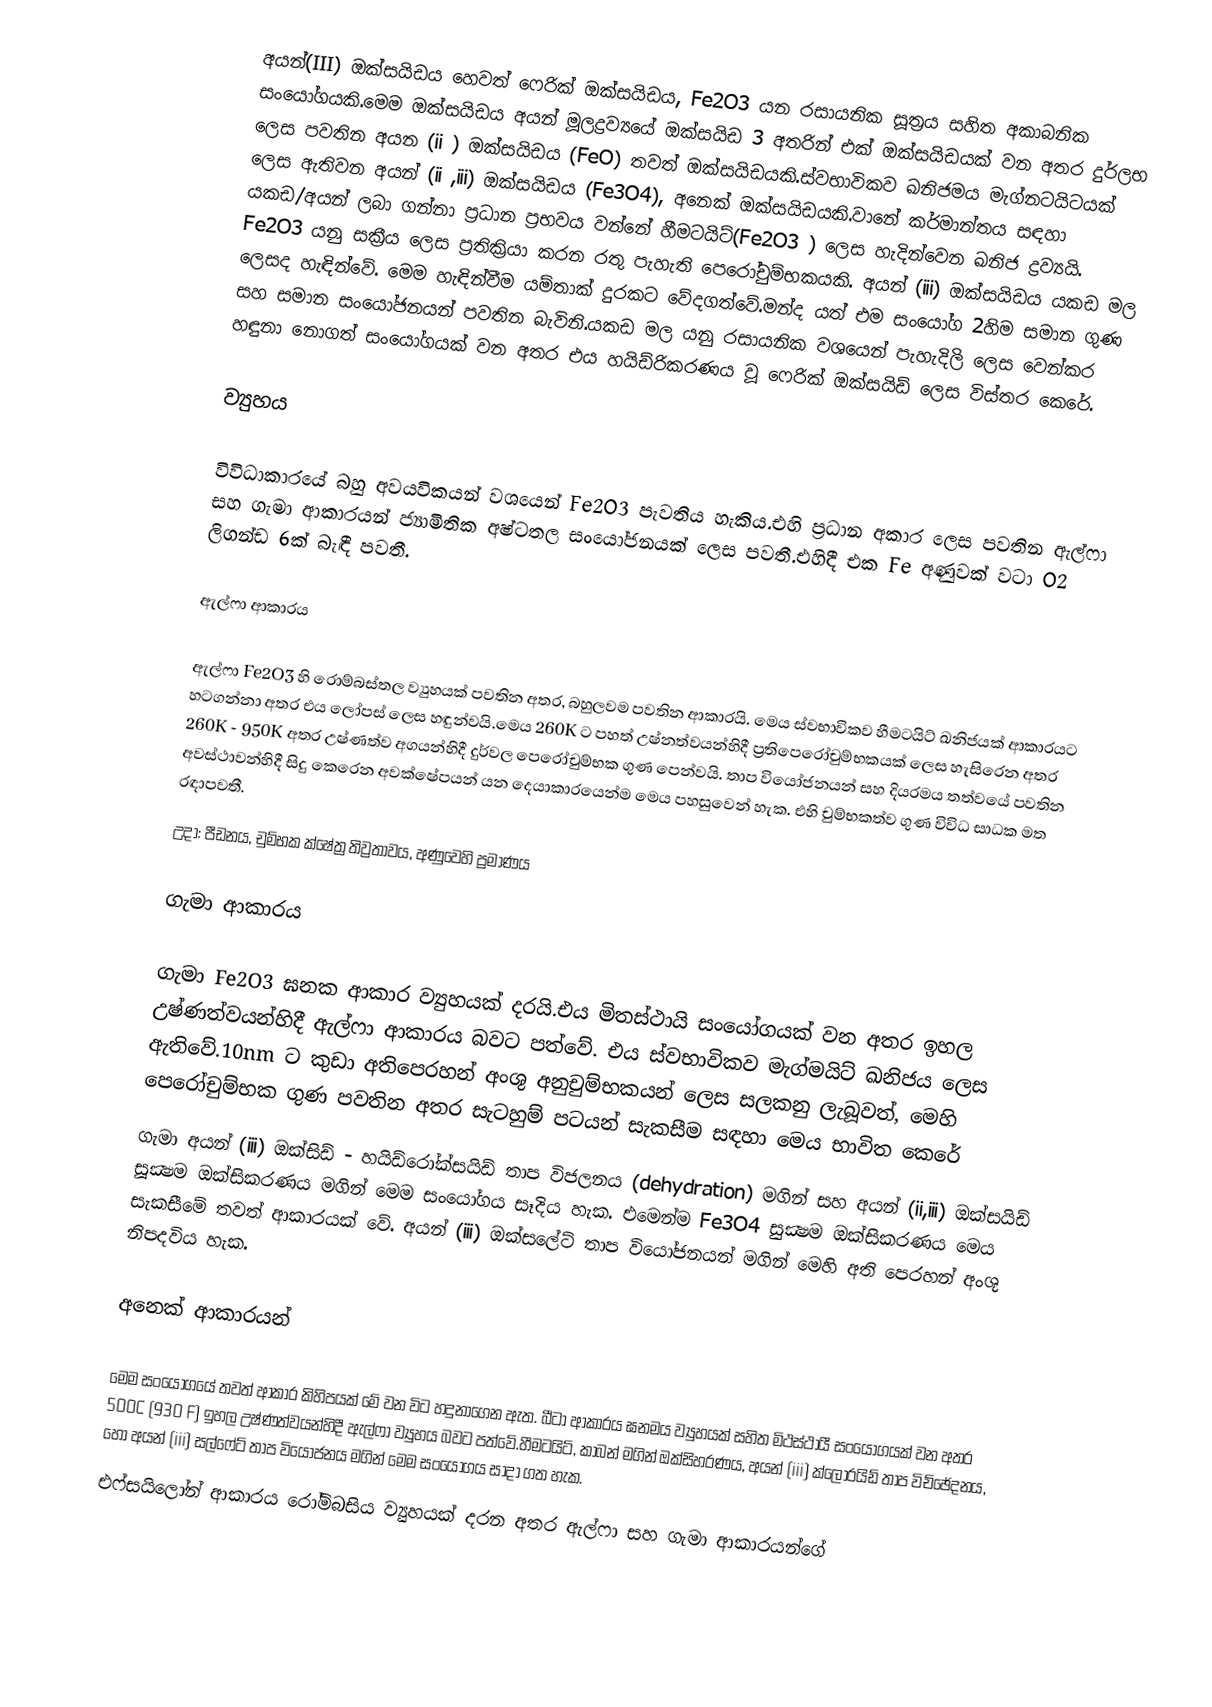
අයන්(III) ඔක්සයිඩය හෙවත් ෆෙරික් ඔක්සයිඩය, Fe2O3 යන රසායනික සූත්‍රය සහිත අකාබනික සංයෝගයකි.මෙම ඔක්සයිඩය අයන් මූලද්‍රව්‍යයේ ඔක්සයිඩ 3 අතරින් එක් ඔක්සයිඩයක් වන අතර දුර්ලභ ලෙස පවතින අයන (ii ) ඔක්සයිඩය (FeO) තවත් ඔක්සයිඩයකි.ස්වභාවිකව ඛනිජමය මැග්නටයිටයක් ලෙස ඇතිවන අයන් (ii ,iii) ඔක්සයිඩය (Fe3O4), අනෙක් ඔක්සයිඩයකි.වානේ කර්මාන්තය සඳහා යකඩ/අයන් ලබා ගන්නා ප්‍රධාන ප්‍රභවය වන්නේ හීමටයිට්(Fe2O3 ) ලෙස හැදින්වෙන ඛනිජ ද්‍රව්‍යයි. Fe2O3 යනු සක්‍රීය ලෙස ප්‍රතික්‍රියා කරන රතු පැහැති පෙරෝචුම්භකයකි. අයන් (iii) ඔක්සයිඩය යකඩ මල ලෙසද හැඳින්වේ. මෙම හැඳින්වීම යම්තාක් දුරකට වේදගත්වේ.මන්ද යත් එම සංයෝග 2හිම සමාන ගුණ සහ සමාන සංයෝජනයන් පවතින බැවිනි.යකඩ මල යනු රසායනික වශයෙන් පැහැදිලි ලෙස වෙන්කර හඳුනා නොගත් සංයෝගයක් වන අතර එය හයිඩ්රිකරණය වූ ෆෙරික් ඔක්සයිඩ් ලෙස විස්තර කෙරේ.

ව්‍යුහය

විවිධාකාරයේ බහු අවයවිකයන් වශයෙන් Fe2O3 පැවතිය හැකිය.එහි ප්‍රධාන අකාර ලෙස පවතින ඇල්ෆා සහ ගැමා ආකාරයන් ජ්‍යාමිතික අෂ්ටතල සංයෝජනයක් ලෙස පවතී.එහිදී එක Fe අණුවක් වටා O2 ලිගන්ඩ 6ක් බැඳී පවතී.

ඇල්ෆා ආකාරය

ඇල්ෆා Fe2O3 හි රොම්බස්තල ව්‍යුහයක් පවතින අතර, බහුලවම පවතින ආකාරයි. මෙය ස්වභාවිකව හීමටයිට් ඛනිජයක් ආකාරයට හටගන්නා අතර එය ලෝපස් ලෙස හඳුන්වයි.මෙය 260K ට පහත් උෂ්නත්වයන්හිදී ප්‍රතිපෙරෝචුම්භකයක් ලෙස හැසිරෙන අතර 260K - 950K අතර උෂ්ණත්ව අගයන්හිදී දුර්වල පෙරෝචුම්භක ගුණ පෙන්වයි. තාප වියෝජනයන් සහ දියරමය තත්වයේ පවතින අවස්ථාවන්හිදී සිදු කෙරෙන අවක්ෂේපයන් යන දෙයාකාරයෙන්ම මෙය පහසුවෙන්  හැක. එහි චුම්භකත්ව ගුණ විවිධ සාධක මත රඳාපවතී.
උදා: පීඩනය, චුම්භක ක්ෂේත්‍ර තිව්‍රතාවය, අණුවෙහි ප්‍රමාණය

ගැමා ආකාරය

ගැමා Fe2O3 ඝනක ආකාර ව්‍යුහයක් දරයි.එය මිතස්ථායි සංයෝගයක් වන අතර ඉහල උෂ්ණත්වයන්හිදී ඇල්ෆා ආකාරය බවට පත්වේ. එය ස්වභාවිකව මැග්මයිට් ඛනිජය ලෙස ඇතිවේ.10nm ට කුඩා අතිපෙරහන් අංශු අනුචුම්භකයන් ලෙස සලකනු ලැබූවත්, මෙහි පෙරෝචුම්භක ගුණ පවතින අතර සැටහුම් පටයන්  සැකසීම සඳහා මෙය භාවිත කෙරේ
ගැමා අයන් (iii) ඔක්සිඩ් - හයිඩ්රෝක්සයිඩ් තාප විජලනය (dehydration) මගින් සහ අයන් (ii,iii) ඔක්සයිඩ් සූක්‍ෂම ඔක්සිකරණය මගින් මෙම සංයෝගය සෑදිය හැක. එමෙන්ම Fe3O4 සුක්‍ෂම ඔක්සිකරණය මෙය සැකසීමේ තවත් ආකාරයක් වේ. අයන් (iii) ඔක්සලේට් තාප වියෝජනයන් මගින්  මෙහි අති පෙරහන් අංශු නිපදවිය හැක.

අනෙක් ආකාරයන්

මෙම සංයෝගයේ තවත් ආකාර කිහිපයක් මේ වන විට හදුනාගෙන ඇත. බීටා ආකාරය ඝනමය ව්‍යුහයක් සහිත මිථස්ථායී සංයෝගයක් වන අතර 500C    (930 F) ඉහල උෂ්ණත්වයන්හිදී ඇල්ෆා ව්‍යුහය බවට පත්වේ.හීමටයිට්, කාබන් මගින් ඔක්සිහරණය, අයන් (iii) ක්ලෝරයිඩ් තාප විච්ඡේදනය, හෝ අයන් (iii) සල්ෆේට් තාප වියෝජනය මගින් මෙම සංයෝගය සාදා ගත හැක.
එෆ්සයිලෝන් ආකාරය රෝම්බසිය ව්‍යුහයක් දරන අතර ඇල්ෆා සහ ගැමා ආකාරයන්ගේ